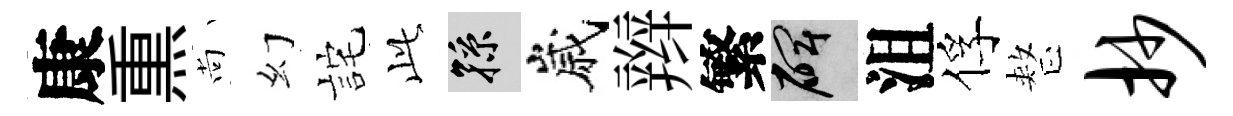
康𤋱尚幻詫𬼘孫嵗辫繁碑沮俘整抄